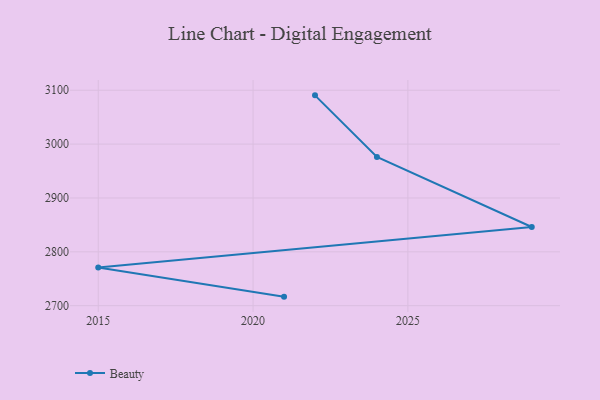
{"axis": {"x": "Year", "y": "Gross Profit (USD K)"}, "legend": ["Beauty"], "data": [{"x": "2021", "y": 2716.8, "type": "Beauty"}, {"x": "2015", "y": 2771.0, "type": "Beauty"}, {"x": "2029", "y": 2846.1, "type": "Beauty"}, {"x": "2024", "y": 2976.0, "type": "Beauty"}, {"x": "2022", "y": 3090.5, "type": "Beauty"}]}